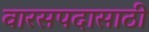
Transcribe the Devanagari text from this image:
वारसपदासाठी